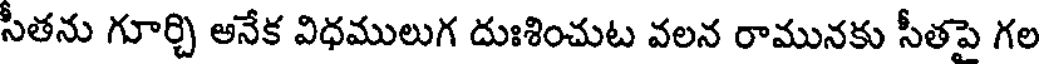
సీతను గూర్చి అనేక విధములుగ దుఃశించుట వలన రామునకు సీతపై గల